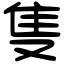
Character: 隻